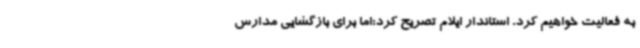
به فعالیت خواهیم کرد. استاندار ایلام تصریح کرد:اما برای بازگشایی مدارس